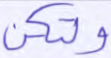
ولتكن